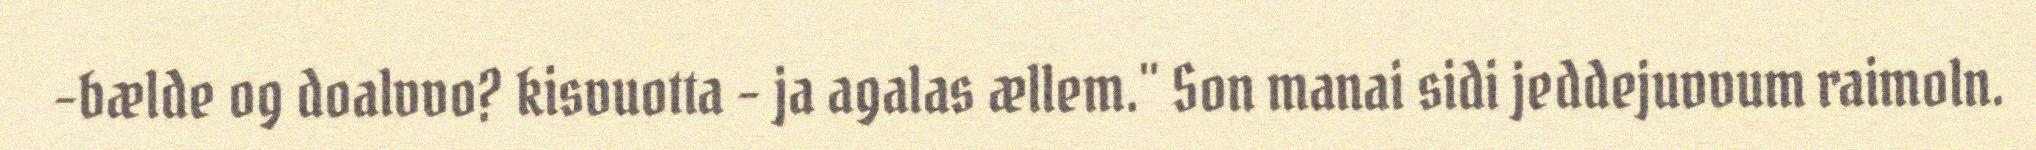
–bælde og doalvvo? kisvuotta – ja agalas ællem." Son manai sidi jeddejuvvum raimoln.